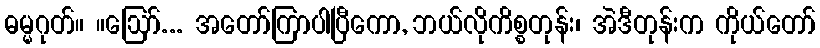
ဓမ္မဂုတ်။ ။ဩော်... အတော်ကြာပါပြီကော, ဘယ်လိုကိစ္စတုန်း၊ အဲဒီတုန်းက ကိုယ်တော်